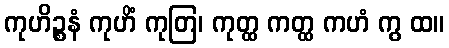
ကုဟိဉ္စနံ ကုဟိံ ကုတြ၊ ကုတ္ထ ကတ္ထ ကဟံ ကွ ထ။